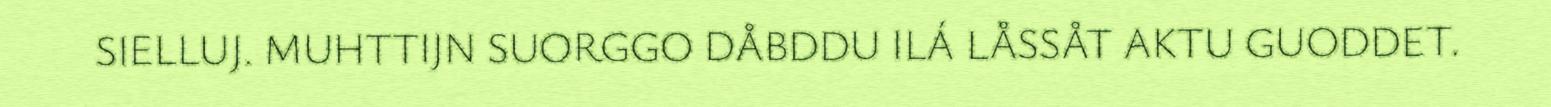
SIELLUJ. MUHTTIJN SUORGGO DÅBDDU ILÁ LÅSSÅT AKTU GUODDET.